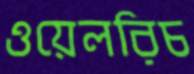
ওয়েলরিচ